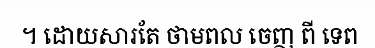
។ ដោយសារតែ ថាមពល ចេញ ពី ទេព